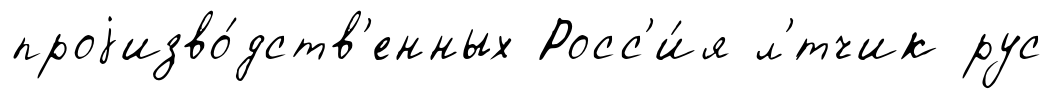
проjизво́дств'енных Росс'и́я л'́тчик рус